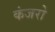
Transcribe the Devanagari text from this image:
कंजरो